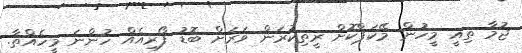
ޖުމާ ތިއީ މީހުން މޭކަޕްކޮށް ރީތިކުރަން ވަރަށް ބޮޑު ފޯރިއެއް ހުންނަ މީހެއްތާ.